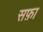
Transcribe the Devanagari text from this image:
सफ़ा